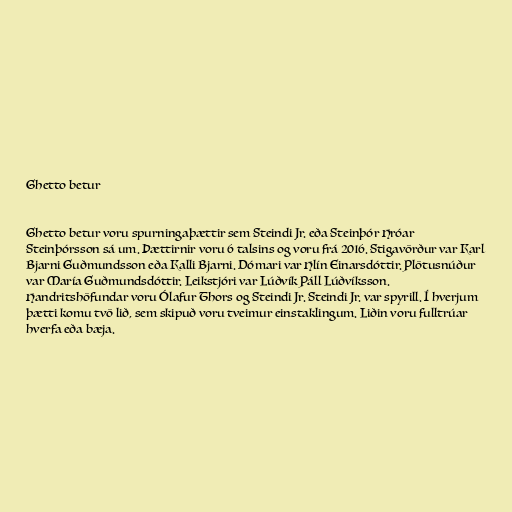
Ghetto betur

Ghetto betur voru spurningaþættir sem Steindi Jr. eða Steinþór Hróar
Steinþórsson sá um. Þættirnir voru 6 talsins og voru frá 2016. Stigavörður var Karl
Bjarni Guðmundsson eða Kalli Bjarni. Dómari var Hlín Einarsdóttir. Plötusnúður
var María Guðmundsdóttir. Leikstjóri var Lúðvík Páll Lúðvíksson.
Handritshöfundar voru Ólafur Thors og Steindi Jr. Steindi Jr. var spyrill. Í hverjum
þætti komu tvö lið, sem skipuð voru tveimur einstaklingum. Liðin voru fulltrúar
hverfa eða bæja.